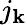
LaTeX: j_{\mathbf{k}}